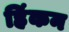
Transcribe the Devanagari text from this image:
हिंकन